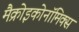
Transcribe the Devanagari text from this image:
मैक्रोइकोनॉमिक्स